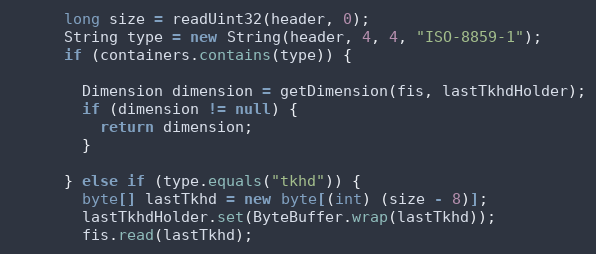
Language: Java
      long size = readUint32(header, 0);
      String type = new String(header, 4, 4, "ISO-8859-1");
      if (containers.contains(type)) {

        Dimension dimension = getDimension(fis, lastTkhdHolder);
        if (dimension != null) {
          return dimension;
        }

      } else if (type.equals("tkhd")) {
        byte[] lastTkhd = new byte[(int) (size - 8)];
        lastTkhdHolder.set(ByteBuffer.wrap(lastTkhd));
        fis.read(lastTkhd);